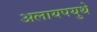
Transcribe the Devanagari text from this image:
अलायपयुथे